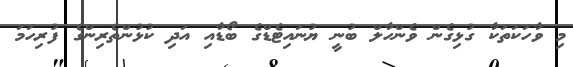
މި ވާހަކަތަކާ ގުޅިގެން ވެންހާލް ބުނީ ޔުނައިޓެޑްގެ ބޯޑާއި އަދި ކުޅުންތެރިންގެ ފުރިހަމަ